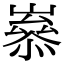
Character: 𡼶